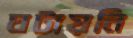
ঘটায়নি